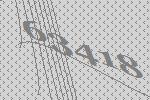
63418